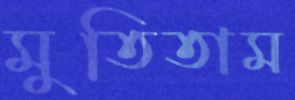
মুতিতাম